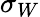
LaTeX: \sigma_{W}